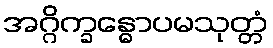
အဂ္ဂိက္ခန္ဓောပမသုတ္တံ